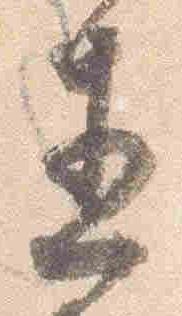
直